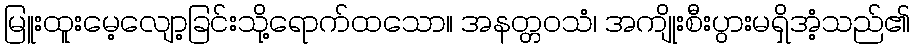
မြူးထူးမေ့လျော့ခြင်းသို့ရောက်ထသော။ အနတ္တဝသံ၊ အကျိုးစီးပွားမရှိအံ့သည်၏